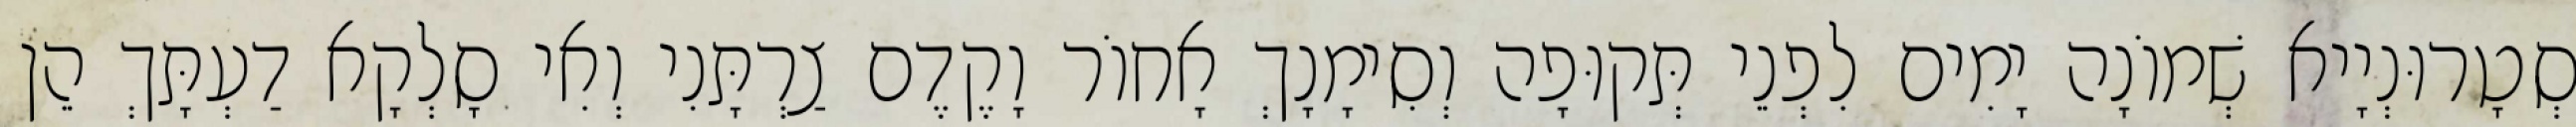
סְטָרוּנְיָיא שְׁמוֹנָה יָמִים לִפְנֵי תְּקוּפָה וְסִימָנָךְ אָחוֹר וָקֶדֶם צַרְתָּנִי וְאִי סָלְקָא דַעְתָּךְ הֵן